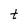
Character: t